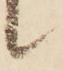
候